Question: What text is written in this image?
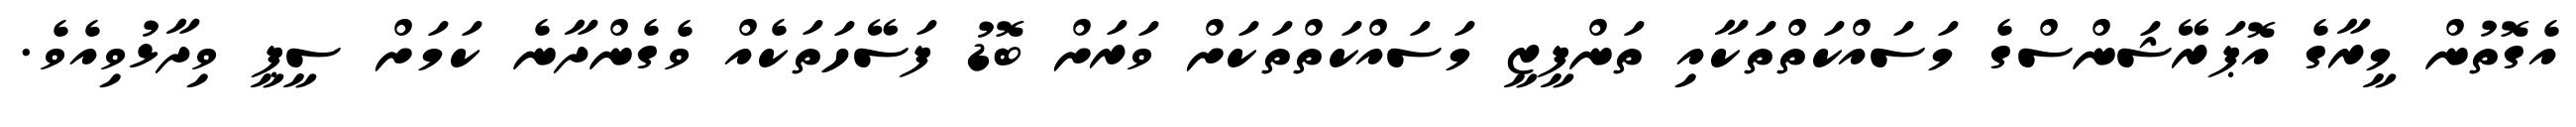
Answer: އެގޮތުން މީރާގެ އޮޕަރޭޝަންސްގެ މަސައްކަތްތަކާއި ތަންފީޒީ މަސައްކަތްތަކަށް ވަރަށް ބޮޑު ފަސޭހަތަކެއް ވެގެންދާނެ ކަމަށް ސީޕީ ވިދާޅުވިއެވެ.